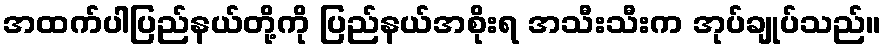
အထက်ပါပြည်နယ်တို့ကို ပြည်နယ်အစိုးရ အသီးသီးက အုပ်ချုပ်သည်။